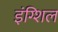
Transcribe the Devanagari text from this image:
इंग्शिल